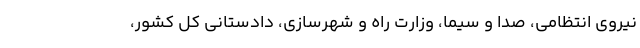
نیروی انتظامی، صدا و سیما، وزارت راه و شهرسازی، دادستانی کل کشور،